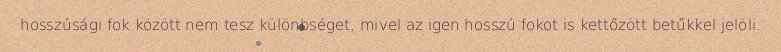
hosszúsági fok között nem tesz különbséget, mivel az igen hosszú fokot is kettőzött betűkkel jelöli.